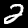
Digit: 2